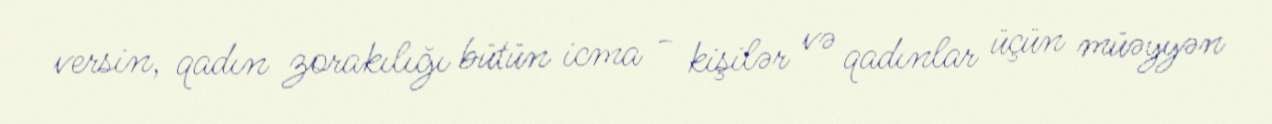
versin, qadın zorakılığı bütün icma - kişilər və qadınlar üçün müəyyən